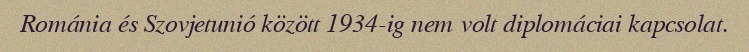
Románia és Szovjetunió között 1934-ig nem volt diplomáciai kapcsolat.